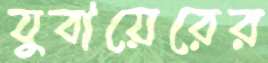
যুবায়েরের